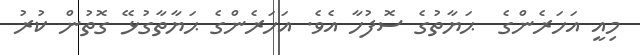
މިއީ އަހަރެންގެ  ޙަޔާތުގެ ސޮފުހާ އެވެ. އަހަރެންގެ ޙަޔާތާގުޅޭ ގޮތުން ކުރު